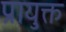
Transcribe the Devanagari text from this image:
प्रायुक्त